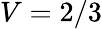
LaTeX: V=2/3